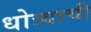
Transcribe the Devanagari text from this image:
धोत्र्याची